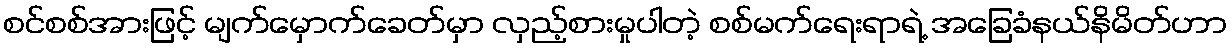
စင်စစ်အားဖြင့် မျက်မှောက်ခေတ်မှာ လှည့်စားမှုပါတဲ့ စစ်မက်ရေးရာရဲ့ အခြေခံနယ်နိမိတ်ဟာ